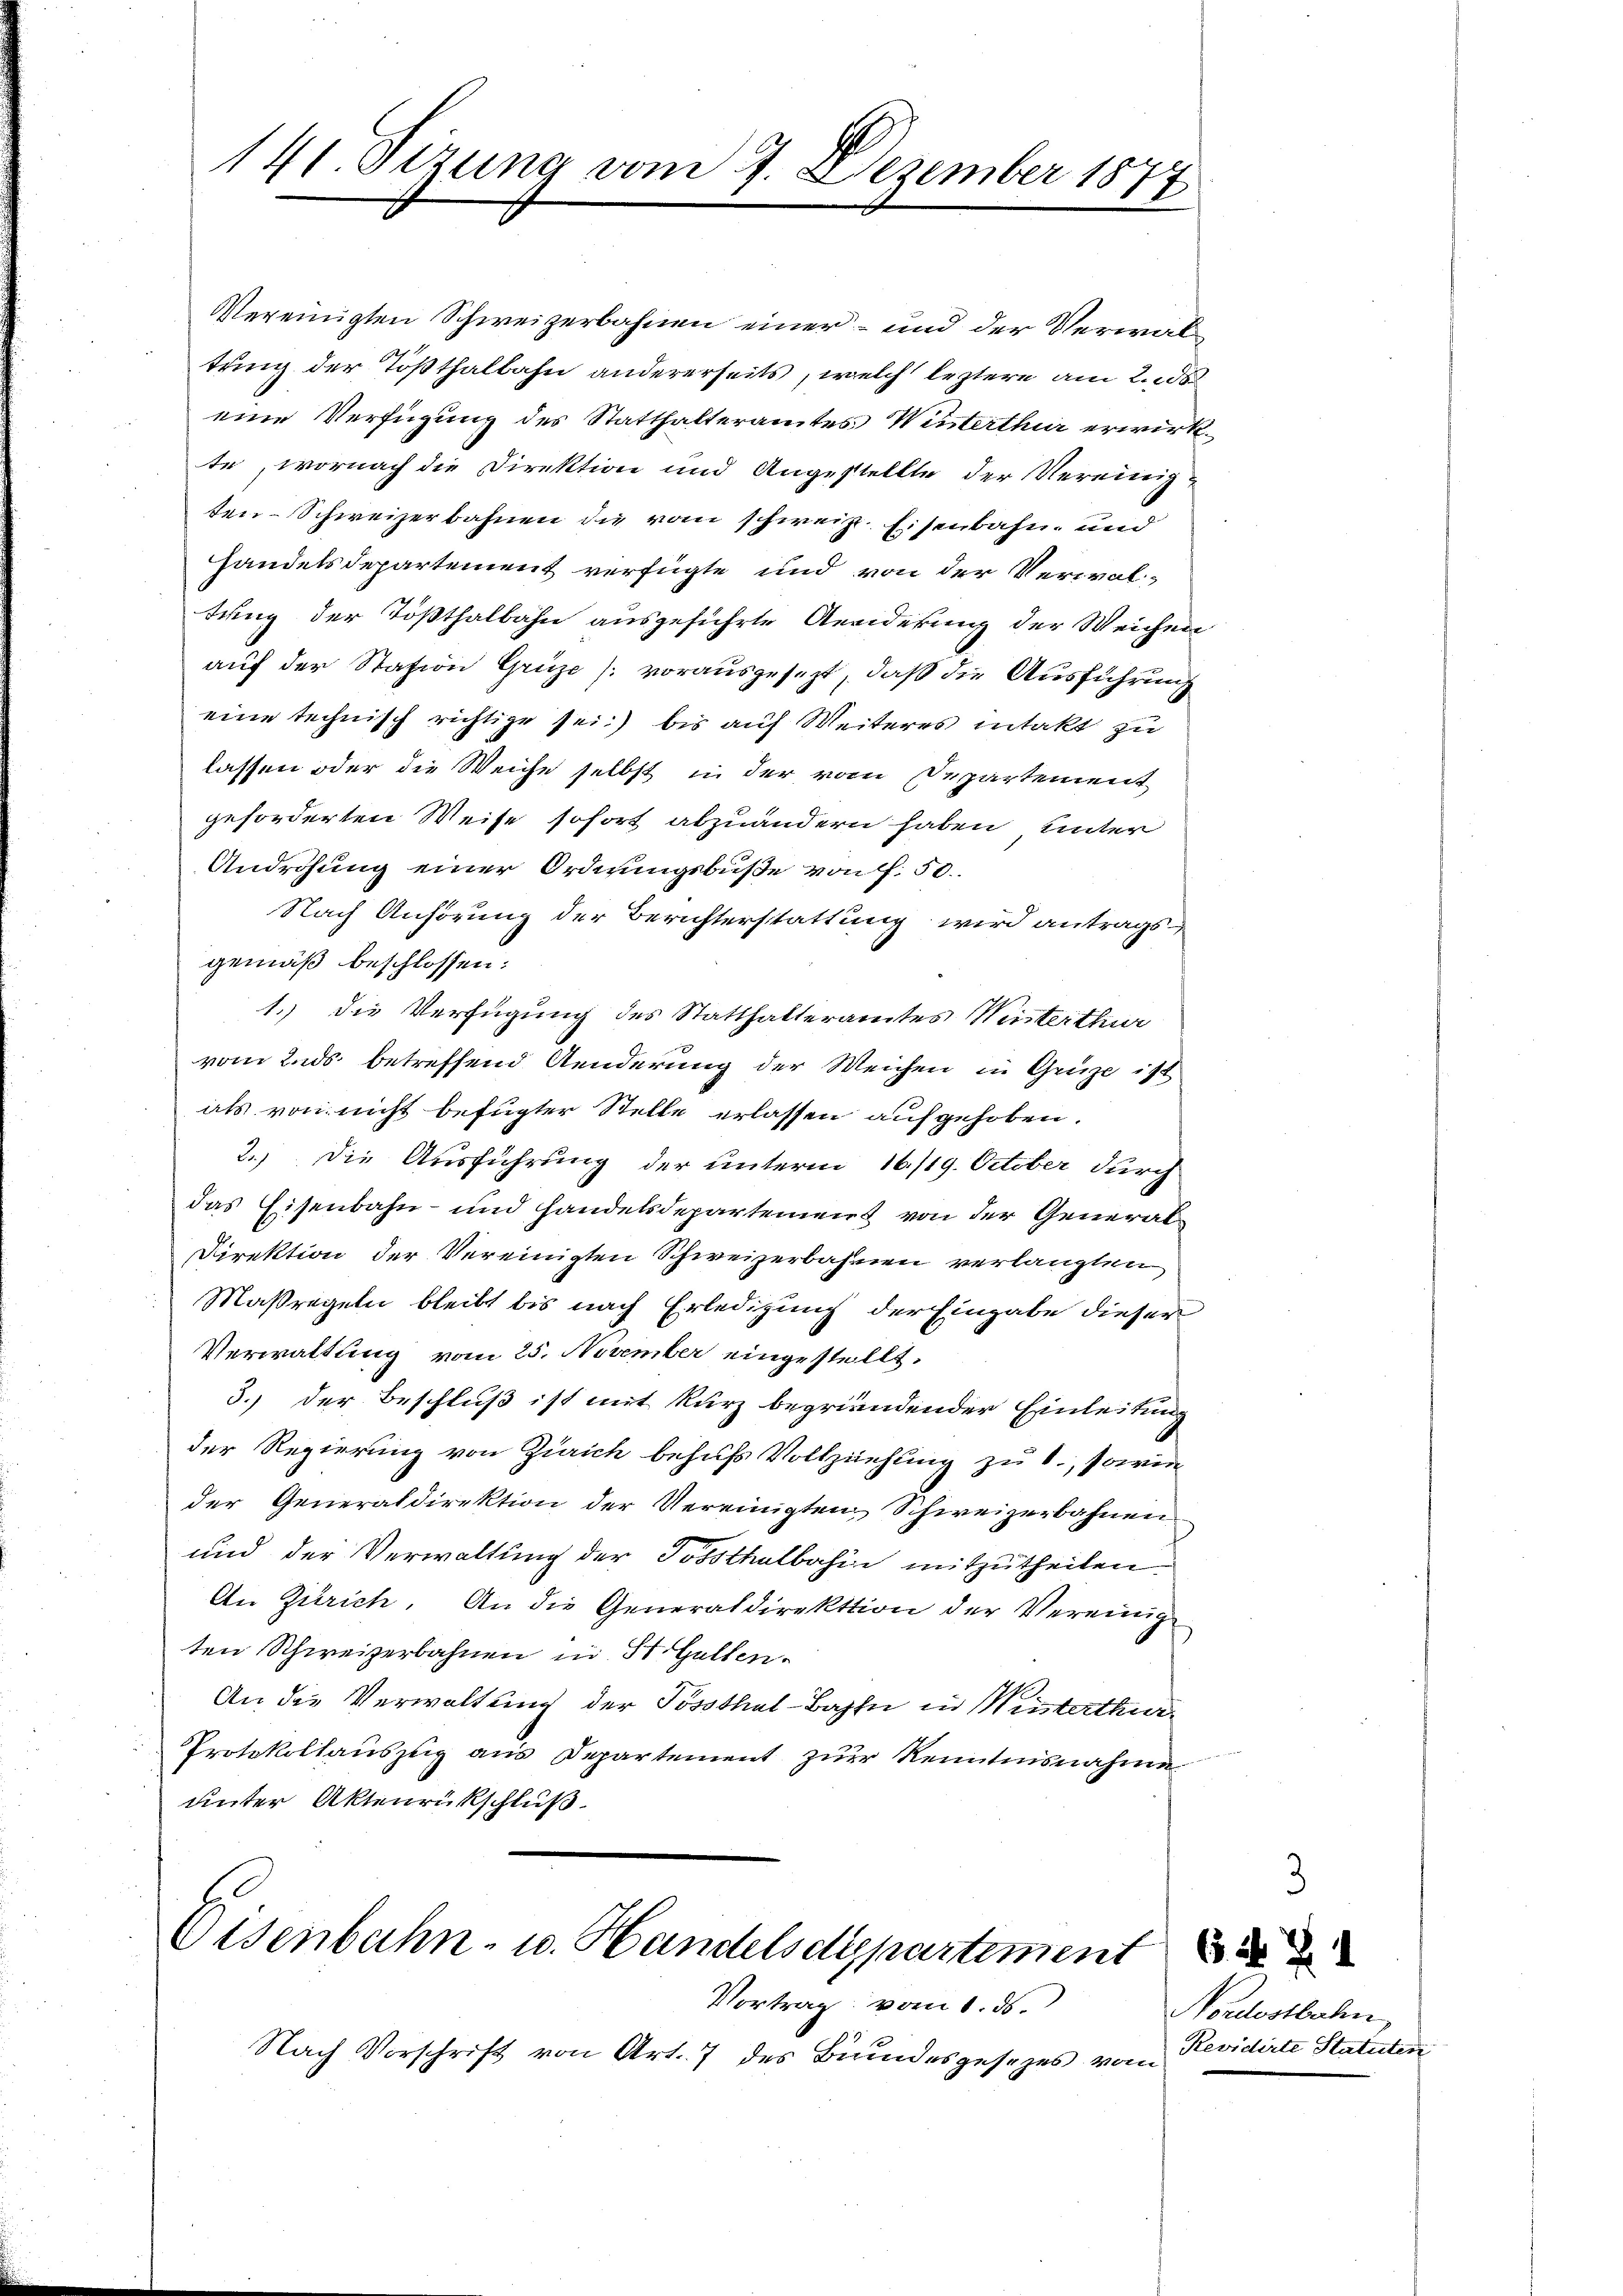
141. Sizung vom 9. Dezember 1877

Vereinigten Schweizerbahnen einer – und der Verwaltring der Tößthalbahn andererseits, welch leztere am 2. 28
eine Verfügung des Statthalteramtes Winterthur erwirkte, wornach die Direktion und Angestellte der Vereinigten-Schweizerbahnen die vom schweiz. Eisenbahn und
handelsdepartement verfügte und von der Verwaltung der Tößthalbahn ausgeführte Aenderung der Weichen
auf der Station Grüze [vorausgesezt, daß die Ausführung
eine technisch richtige sei bis auf Weiteres intakt zu
lassen oder die Weiche selbst in der vom Departement
geforderten Weise sofort abzuändern haben unter
Androhung einer Ordnungsbuße von f. 50.
Nach Anhörung der Berichterstattung wird antragsgemäß beschlossen:
1.) die Verfügung des Statthalteramtes Meisterthur
vom Ends betreffend Aenderung der Weichen in Grüse ist
als von nicht befugter Stelle erlassen aufgehoben.
2.) Die Ausführung der unterm 16./19. October durch
das Eisenbahn- und handelsdepartement von der General¬
Direktion der Vereinigten Schweizerbahnen verlangten
Maßregeln bleibt bis nach Erledigung der Eingabe dieser
Verwaltung vom 25. November eingestellt.
3.) Der Beschluß ist mit kurz begründender Einleitung
der Regierung von Zürich behufs Vollziehung zu 1., sowie
der Generaldirektion der Vereinigten Schweizerbahnen
und der Verwaltung der Posthalbahn mitzutheilen.
An Zürich. An die Generaldirektion der Vereinig
ten Schweizerbahnen in St. Gallen.
An die Verwaltung der Posthal-Bahn in Weisterthen
Protokollauszug aus Departement zur Renntnisnahme
unter Aktenrückschluß.

Eisenbahn- u. Handelsdepartement

Vortrag vom 1. ds.
Nach Vorschrift von Art. 7 des Bundesgesezes vom

65. d. 24
Nordostbahn,
Revidirte Statuten